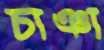
চাঞা